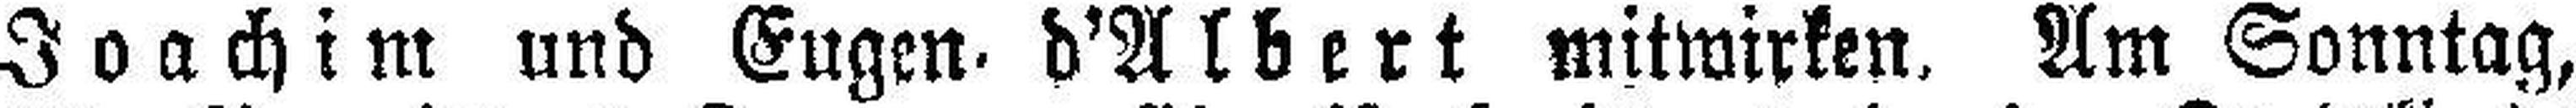
Joachim und Eugen d'Albert mitwirken. Am Sonntag,